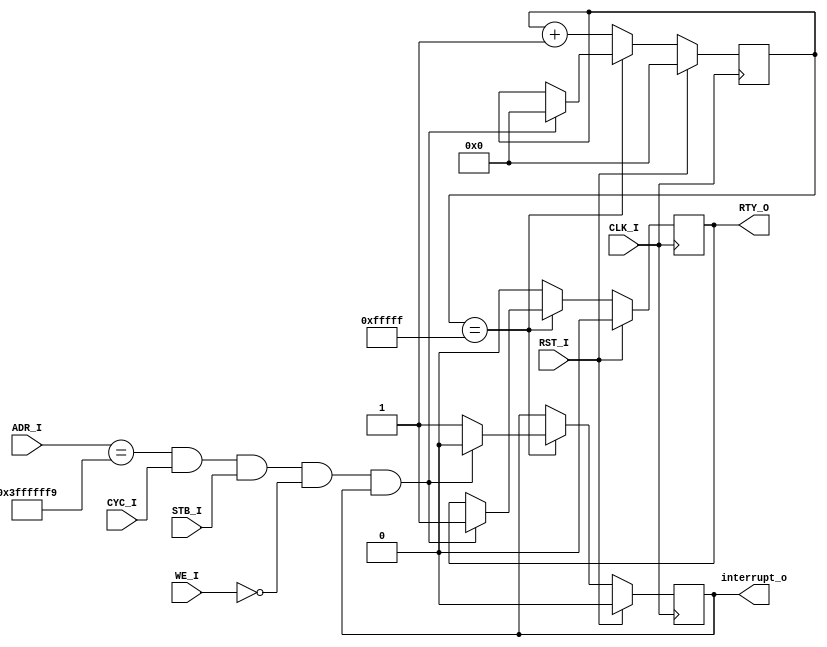
/* 
 * Copyright 2010, Aleksander Osman, alfik@poczta.fm. All rights reserved.
 *
 * Redistribution and use in source and binary forms, with or without modification, are
 * permitted provided that the following conditions are met:
 *
 *  1. Redistributions of source code must retain the above copyright notice, this list of
 *     conditions and the following disclaimer.
 *
 *  2. Redistributions in binary form must reproduce the above copyright notice, this list
 *     of conditions and the following disclaimer in the documentation and/or other materials
 *     provided with the distribution.
 *
 * THIS SOFTWARE IS PROVIDED BY THE AUTHOR ``AS IS'' AND ANY EXPRESS OR IMPLIED
 * WARRANTIES, INCLUDING, BUT NOT LIMITED TO, THE IMPLIED WARRANTIES OF MERCHANTABILITY AND
 * FITNESS FOR A PARTICULAR PURPOSE ARE DISCLAIMED. IN NO EVENT SHALL THE AUTHOR OR
 * CONTRIBUTORS BE LIABLE FOR ANY DIRECT, INDIRECT, INCIDENTAL, SPECIAL, EXEMPLARY, OR
 * CONSEQUENTIAL DAMAGES (INCLUDING, BUT NOT LIMITED TO, PROCUREMENT OF SUBSTITUTE GOODS OR
 * SERVICES; LOSS OF USE, DATA, OR PROFITS; OR BUSINESS INTERRUPTION) HOWEVER CAUSED AND ON
 * ANY THEORY OF LIABILITY, WHETHER IN CONTRACT, STRICT LIABILITY, OR TORT (INCLUDING
 * NEGLIGENCE OR OTHERWISE) ARISING IN ANY WAY OUT OF THE USE OF THIS SOFTWARE, EVEN IF
 * ADVISED OF THE POSSIBILITY OF SUCH DAMAGE.
 */

module timer(
	input CLK_I,
	input RST_I,
	
	input [31:2] ADR_I,
	input CYC_I,
	input STB_I,
	input WE_I,
	
	output reg RTY_O,
	output reg interrupt_o
);

reg [27:0] counter;

always @(posedge CLK_I) begin
	if(RST_I == 1'b1) begin
		RTY_O <= 1'b0;
		interrupt_o <= 1'b0;
		counter <= 28'd0;
	end
	else if(counter == 28'h00FFFFF) begin
		if(ADR_I == { 27'b1111_1111_1111_1111_1111_1111_111, 3'b001 } && CYC_I == 1'b1 && STB_I == 1'b1 && WE_I == 1'b0 && interrupt_o == 1'b1) begin
			RTY_O <= 1'b1;
			interrupt_o <= 1'b0;
			counter <= 28'd0;
		end
		else begin
			interrupt_o <= 1'b1;
		end
	end
	else begin
		RTY_O <= 1'b0;
		counter <= counter + 28'd1;
	end
end

endmodule